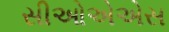
સીઓએએસ